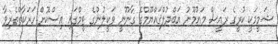
ޝަމީމަކީ ކުރީގެ ރައީސް މައުމޫނު އަބްދުލްޤައްޔޫމްގެ ގާނޫނީ ވަކީލުންގެ ޓީމްގައި އިސްކޮށް ހަރަކާތްތެރިވާ